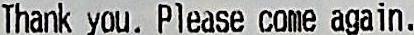
THANK YOU. PLEASE COME AGAIN.